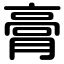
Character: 膏